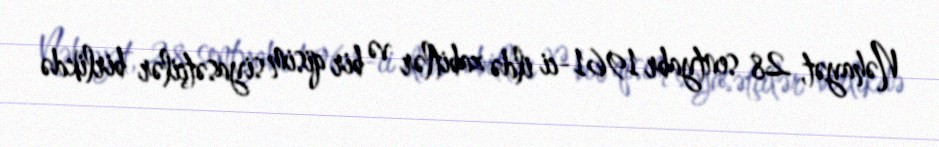
Nəhayət, 28 sentyabr 1961-ci ildə zabitlər və bir qisim siyasətçilər birlikdə